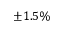
\pm 1 . 5 \%